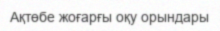
Ақтөбе жоғарғы оқу орындары